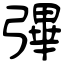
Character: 彃